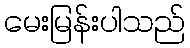
မေးမြန်းပါသည်